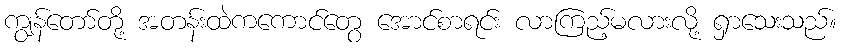
ကျွန်တော်တို့ အတန်းထဲကကောင်တွေ အောင်စာရင်း လာကြည့်မလားလို့ ရှာသေးသည်။